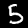
Digit: 5